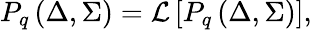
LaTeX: P_{q}\left(\Delta,\Sigma\right)={\cal L}\left[P_{q}\left(\Delta,\Sigma\right)\right],